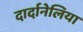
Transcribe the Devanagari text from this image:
दार्दानेलिया